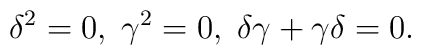
\delta ^2 = 0,\; \gamma^2 = 0, \; \delta \gamma + \gamma \delta = 0.